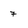
Character: 7